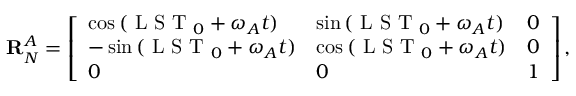
\mathbf { R } _ { N } ^ { A } = \left[ \begin{array} { l l l } { \cos { ( \mathrm { ~ L ~ S ~ T ~ } _ { 0 } + \omega _ { A } t ) } } & { \sin { ( \mathrm { ~ L ~ S ~ T ~ } _ { 0 } + \omega _ { A } t ) } } & { 0 } \\ { - \sin { ( \mathrm { ~ L ~ S ~ T ~ } _ { 0 } + \omega _ { A } t ) } } & { \cos { ( \mathrm { ~ L ~ S ~ T ~ } _ { 0 } + \omega _ { A } t ) } } & { 0 } \\ { 0 } & { 0 } & { 1 } \end{array} \right] ,